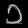
Digit: ၁